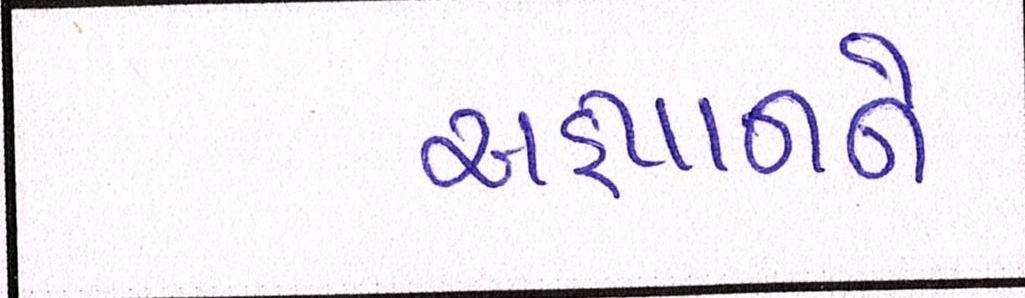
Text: અજ્ઞાનને